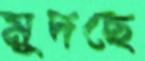
মুদছে